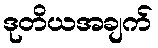
ဒုတိယအချက်